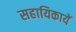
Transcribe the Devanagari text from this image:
सहायिकायें